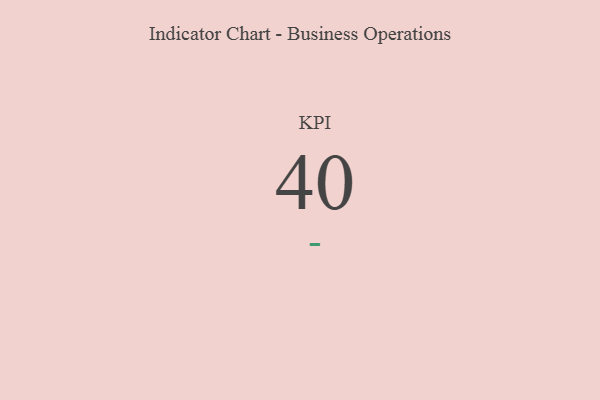
{"axis": {"x": "KPI", "y": "Value"}, "legend": [""], "data": [{"x": "KPI", "y": 40, "type": ""}]}